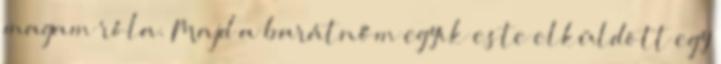
magam róla. Majd a barátnőm egyik este elküldött egy